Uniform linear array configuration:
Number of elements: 4
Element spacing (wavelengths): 1
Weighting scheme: kaiser
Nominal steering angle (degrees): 60
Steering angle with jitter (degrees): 60.693
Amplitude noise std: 0.05
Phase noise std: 0.05

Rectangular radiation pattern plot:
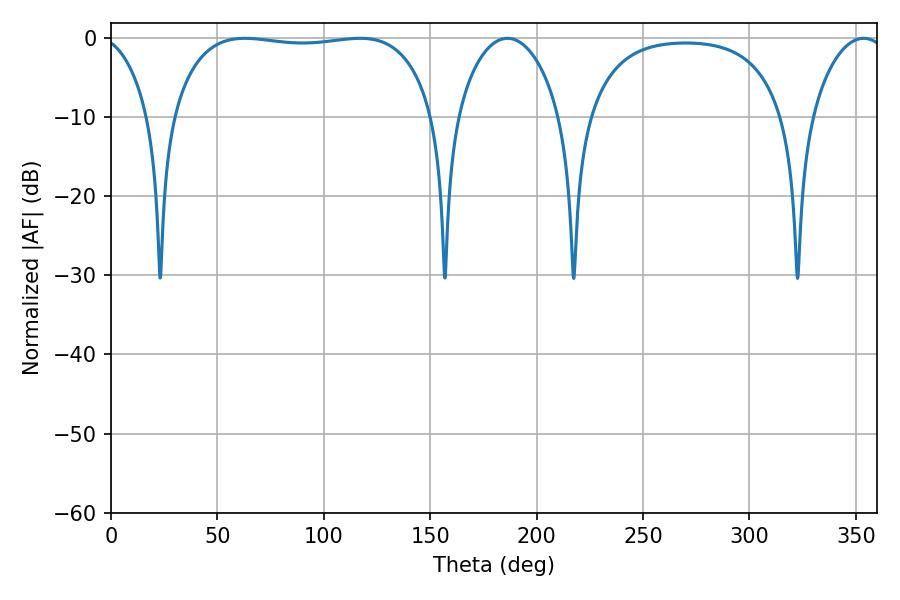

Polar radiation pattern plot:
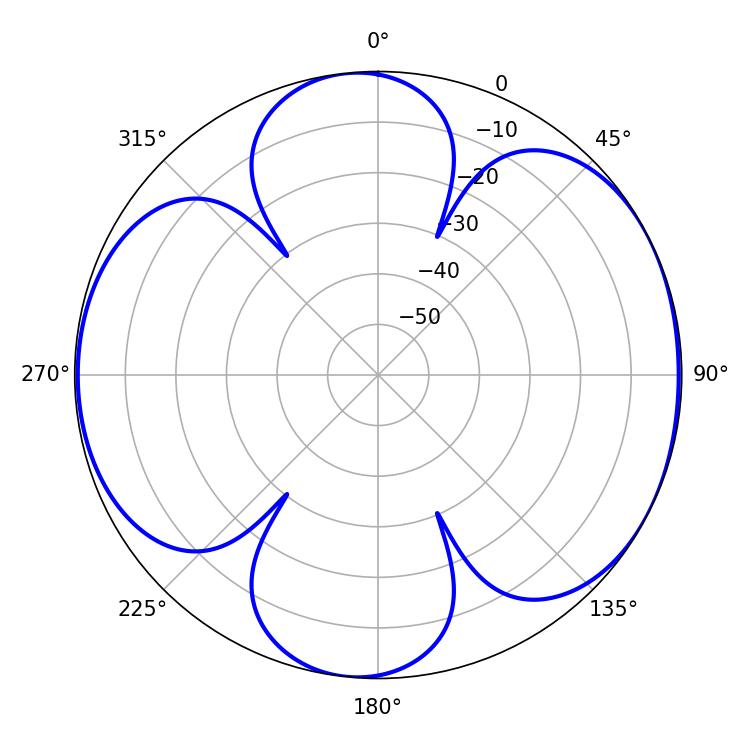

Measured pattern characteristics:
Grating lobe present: TRUE
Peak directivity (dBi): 6.604
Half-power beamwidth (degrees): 27.72
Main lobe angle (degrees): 186.3